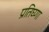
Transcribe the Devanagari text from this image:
प्रतिघ्णा